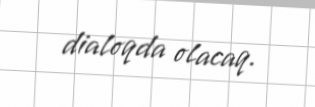
dialoqda olacaq.